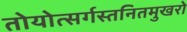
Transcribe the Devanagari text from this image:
तोयोत्सर्गस्तनितमुखरो